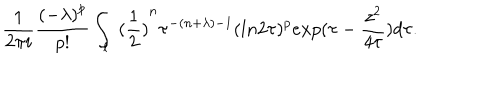
\frac { 1 } { 2 \pi i } \frac { { ( - \lambda ) } ^ { p } } { p ! } \int _ { l } { \ ( \frac { 1 } { 2 } ) } ^ { n } \tau ^ { - ( n + \lambda ) - 1 } ( l n 2 \tau ) ^ { p } e x p ( \tau - \frac { z ^ { 2 } } { 4 \tau } ) d \tau .